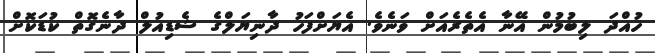
ހުއްދަ ލިބުމުން އޭނާ އެތެރެއަށް ވަނެވެ. އެޔަށްފަހު ދާނިޔަލްގެ ޝެޑިއުލް ދާނެގޮތް ކުޑަކޮށް